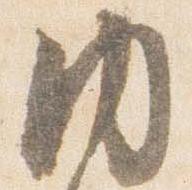
内